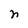
Character: n